Civil Veterinary Dept. Bombay admin report 1893-99 - 1893-1899
Year: 1893
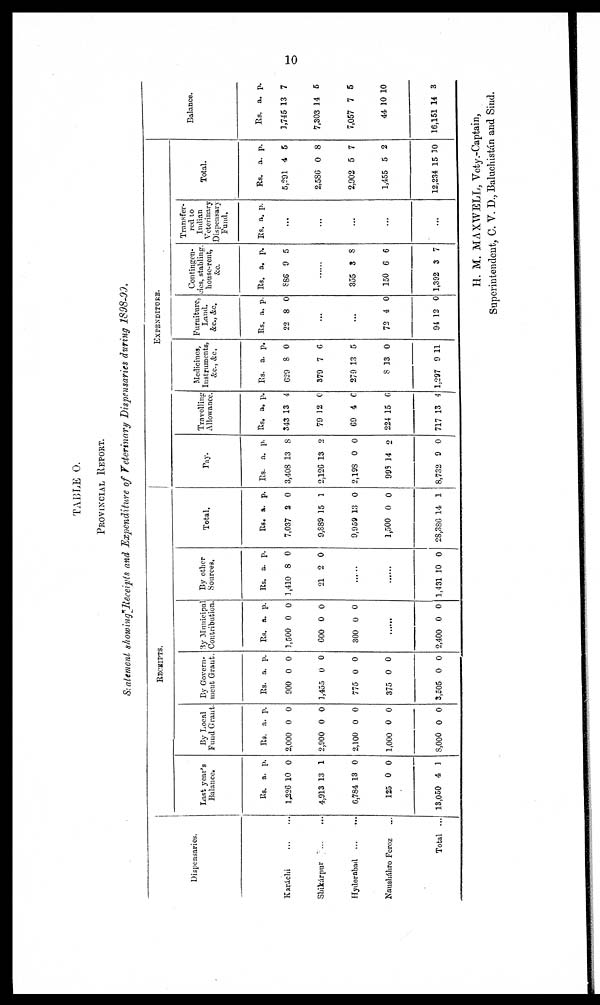
10
TABLE O.
PROVINCIAL REPORT.
Statement showing Receipts and Expenditure of Veterinary Dispensaries during 1898-99.
Dispensaries.
Karáchi ... ...
Shikárpur
...
...
Hyderabad ...
...
Nausháhro Feroz ...
Total ...
RECEIPTS.
Last year's
Balance.
Rs.
1,226
4,913
6,784
125
13,050
a.
10
13
13
0
4
p.
0
1
0
0
1
By Local
Fund Grant.
Rs.
2,000
2,900
2,100
1,000
8,000
a.
0
0
0
0
0
p.
0
0
0
0
0
By Govern-
ment Grant.
Rs.
900
1,455
775
375
3,505
a.
0
0
0
0
0
p.
0
0
0
0
0
By Municipal
Contribution.
Rs.
1,500
600
300
a.
0
0
0
p.
0
0
0
......
2,400 0 0
By other
Sources.
Rs.
1,410
21
a.
8
2
p.
0
0
......
......
1,431 10 0
Total.
Rs.
7,037
9,889
9,959
1,500
28,386
a.
2
15
13
0
14
p.
0
1
0
0
1
EXPENDITURE.
Pay.
Rs.
3,408
2,126
2,198
998
8,732
a.
13
13
0
14
9
p.
8
2
0
2
0
Travelling
Allowance.
Rs.
343
79
69
224
717
a.
13
12
4
15
13
p.
4
0
6
0
4
Medicines,
Instruments,
&c., &c.
Rs.
629
379
279
8
1,297
a.
8
7
13
13
9
p.
0
6
5
0
11
Furniture,
Land,
&c., &c.
Rs.
22
a.
8
p.
0
...
...
72
94
4
12
0
0
Contingen-
cies, stabling,
house-rent,
&c.
Rs.
886
a.
9
p.
5
......
355
150
1,392
3
6
3
8
6
7
Transfer-
red to
Indian
Veterinary
Dispensary
Fund.
Rs. a. p.
...
...
...
...
...
Total.
Rs.
5,291
2,586
2,902
1,455
12,234
a.
4
0
5
5
15
p.
6
8
7
2
10
Balance.
Rs.
1,745
7,303
7,057
44
16,151
a.
13
14
7
10
14
p.
7
5
6
10
3
H. M. MAXWELL, Vety.-Captain,
Superintendent, C. V. D., Baluchistán and Sind.